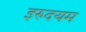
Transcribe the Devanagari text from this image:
इरुदयम